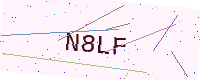
Text: N8LF